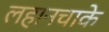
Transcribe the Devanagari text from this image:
लहानचाके